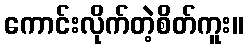
ကောင်းလိုက်တဲ့စိတ်ကူး။